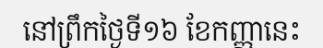
នៅព្រឹកថ្ងៃទី១៦ ខែកញ្ញានេះ